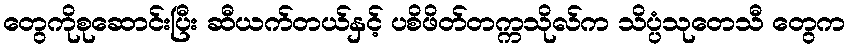
တွေကိုစုဆောင်းပြီး ဆီယက်တယ်နှင့် ပစိဖိတ်တက္ကသိုလ်က သိပ္ပံသုတေသီ တွေက